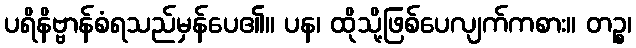
ပရိနိဗ္ဗာန်စံရသည်မှန်ပေ၏။ ပန၊ ထိုသို့ဖြစ်ပေလျက်ကစား။ တဉ္စ၊